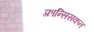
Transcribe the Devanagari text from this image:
फ़्रान्सिसकन